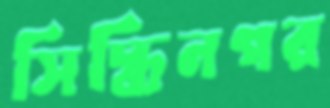
সিদ্ধিনগর